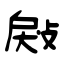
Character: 㪐